Annual report on the working of the lock hospitals in the North-Western Provinces and Oudh
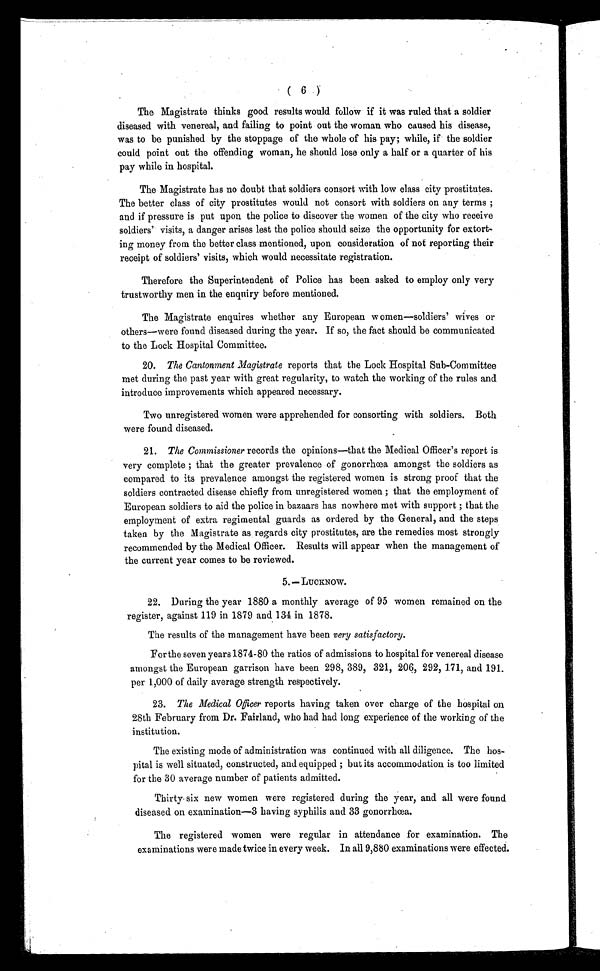
( 6 )
The Magistrate thinks good results would follow if it was ruled that a soldier
diseased with venereal, and failing to point out the woman who caused his disease,
was to be punished by the stoppage of the whole of his pay; while, if the soldier
could point out the offending woman, he should lose only a half or a quarter of his
pay while in hospital.
The Magistrate has no doubt that soldiers consort with low class city prostitutes.
The better class of city prostitutes would not consort with soldiers on any terms ;
and if pressure is put upon the police to discover the women of the city who receive
soldiers' visits, a danger arises lest the police should seize the opportunity for extort-
ing money from the better class mentioned, upon consideration of not reporting their
receipt of soldiers' visits, which would necessitate registration.
Therefore the Superintendent of Police has been asked to employ only very
trustworthy men in the enquiry before mentioned.
The Magistrate enquires whether any European women—soldiers' wives or
others—were found diseased during the year. If so, the fact should be communicated
to the Lock Hospital Committee.
2 0
. T h e C a n t o n m e n t M a g i s t r a t er
e p o r t s t h a t t h e L o c k H o s p i t a l S u b - C o m m i t t e e
met during the past year with great regularity, to watch the working of the rules and
introduce improvements which appeared necessary.
Two unregistered women were apprehended for consorting with soldiers. Both
were found diseased.
21. The Commi ssi oner records the opi ni ons—that the Medi cal Offi cer' s report i s
very complete ; that the greater prevalence of gonorrhœa amongst the soldiers as
compared to its prevalence amongst the registered women is strong proof that the
soldiers contracted disease chiefly from unregistered women ; that the employment of
European soldiers to aid the police in bazaars has nowhere met with support ; that the
employment of extra regimental guards as ordered by the General, and the steps
taken by the Magistrate as, regards city prostitutes, are the remedies most strongly
recommended by the Medical Officer. Results will appear when the management of
the current year comes to be reviewed.
5.— LUCKNOW.
22. Duri ng t he year 1880 a mont hl y average of 95 women remai ned on t he
register, against 119 in 1879 and 134 in 1878.
The results of the management have been very satisfactory.
For the seven years 1874-80 the ratios of admissions to hospital for venereal disease
amongst the European garrison have been 298, 389, 321, 206, 292, 171, and 191.
per 1,000 of daily average strength respectively.
2 3
. T h e M e d i c a l O f f i c e r
r e p o r t s h a v i n g t a k e n o v e r c h a r g e o f t h e h o s p i t a l o n
28th February from Dr. Fairland, who had had long experience of the working of the
institution.
The existing mode of administration was continued with all diligence. The hos-
pital is well situated, constructed, and equipped ; but its accommodation is too limited
for the 30 average number of patients admitted.
Thirty six new women were registered during the year, and all were found
diseased on examination—3 having syphilis and 33 gonorrhœa.
The registered women were regular in attendance for examination. The
examinations were made twice in every week. In all 9,880 examinations were effected.